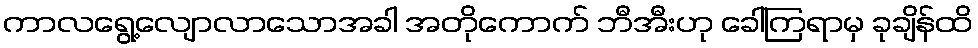
ကာလရွေ့လျောလာသောအခါ အတိုကောက် ဘီအီးဟု ခေါ်ကြရာမှ ခုချိန်ထိ